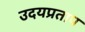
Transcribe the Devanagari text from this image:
उदयप्रताप